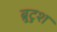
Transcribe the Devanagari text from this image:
ब्रुटुश